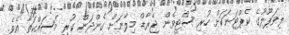
ލިވަޕޫލުގެ ކެޕްޓަނަކަށް ހުރި ސްޓީވެން ޖެރާޑް މިލާނަށް ގެންދަން ކުރި މަސައްކަތާ އެވެ.